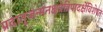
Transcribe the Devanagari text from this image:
प्रदातृजन्मनक्षत्रेत्रिपादर्क्षेविशेषतः